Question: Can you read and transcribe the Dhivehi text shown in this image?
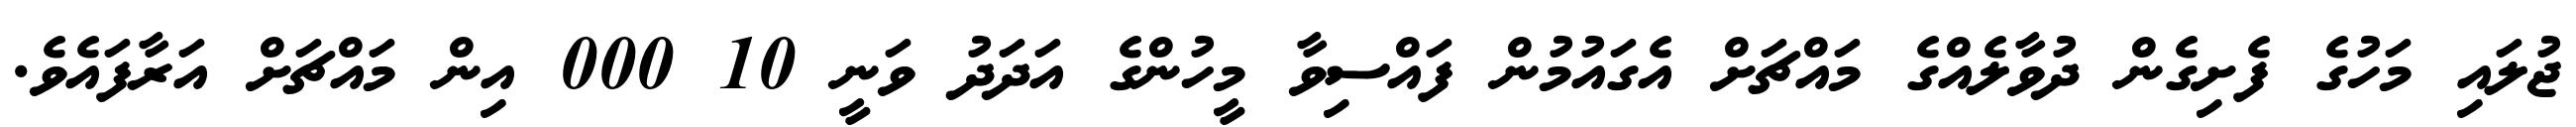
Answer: ޖުލައި މަހުގެ ފެށިގެން ދުވާލެއްގެ މައްޗަށް އެގައުމުން ފައްސިވާ މީހުންގެ އަދަދު ވަނީ 10 000 އިން މައްޗަށް އަރާފައެވެ.